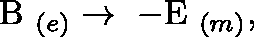
\mathrm { \boldmath ~ B ~ } _ { ( e ) } \rightarrow \mathrm { \boldmath ~ - E ~ } _ { ( m ) } ,